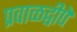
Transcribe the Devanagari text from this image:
प्रवाळद्वीपे